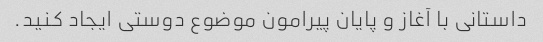
داستانی با آغاز و پایان پیرامون موضوع دوستی ایجاد کنید.